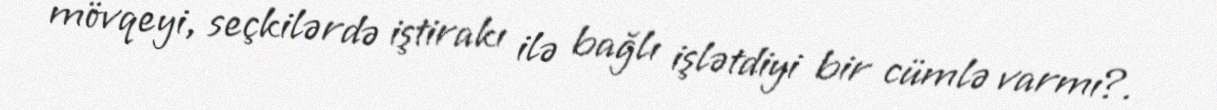
mövqeyi, seçkilərdə iştirakı ilə bağlı işlətdiyi bir cümlə varmı?.